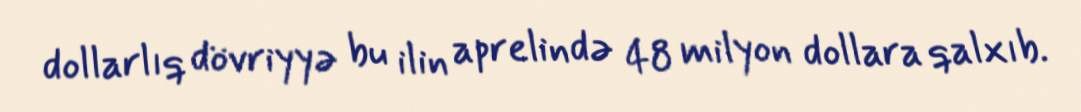
dollarlıq dövriyyə bu ilin aprelində 48 milyon dollara qalxıb.